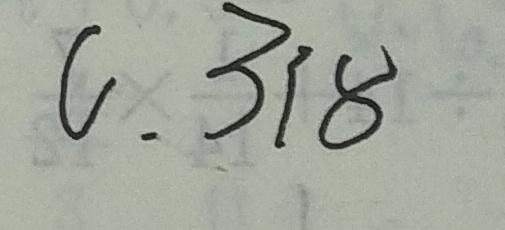
0 . 3 1 8